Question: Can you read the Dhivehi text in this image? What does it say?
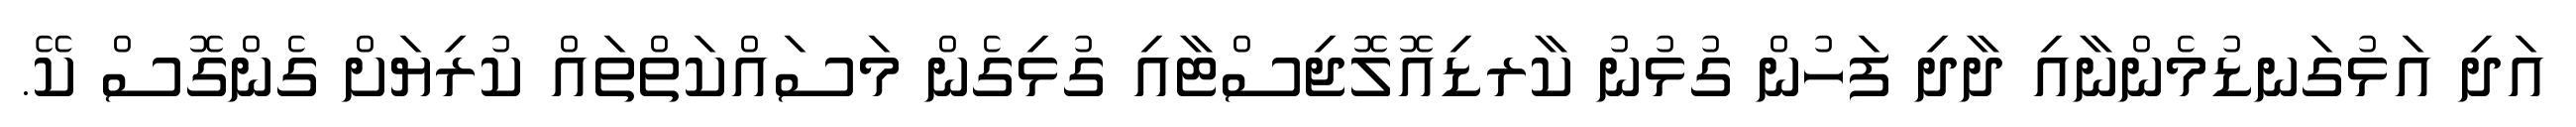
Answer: އަދި އަޅުގަނޑުމެންނާއި ދާދި ފަހުން ގުޅުނު ކާރޑިއޮލޮޖިސްޓާއި ގުޅިގެން މަސައްކަތްތައް ކުރިޔަށް ގެންގޮސް ކޭ.